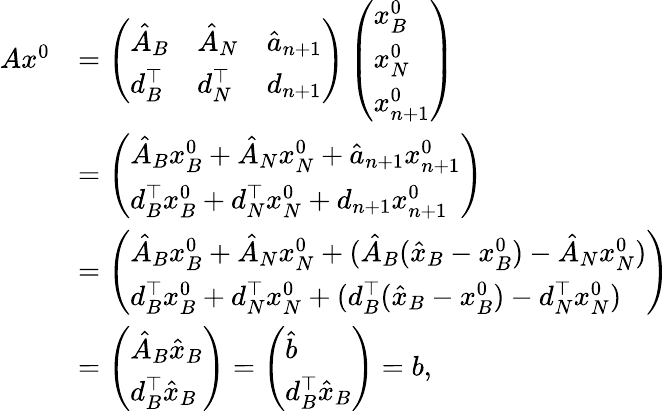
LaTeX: \begin{array}{rl}{Ax^{0}}&{=\left(\begin{array}{lll}{\hat{A}_{B}}&{\hat{A}_{N}}&{\hat{a}_{n+1}}\\ {d_{B}^{\top}}&{d_{N}^{\top}}&{d_{n+1}}\end{array}\right)\left(\begin{array}{l}{x_{B}^{0}}\\ {x_{N}^{0}}\\ {x_{n+1}^{0}}\end{array}\right)}\\ &{=\left(\begin{array}{l}{\hat{A}_{B}x_{B}^{0}+\hat{A}_{N}x_{N}^{0}+\hat{a}_{n+1}x_{n+1}^{0}}\\ {d_{B}^{\top}x_{B}^{0}+d_{N}^{\top}x_{N}^{0}+d_{n+1}x_{n+1}^{0}}\end{array}\right)}\\ &{=\left(\begin{array}{l}{\hat{A}_{B}x_{B}^{0}+\hat{A}_{N}x_{N}^{0}+(\hat{A}_{B}(\hat{x}_{B}-x_{B}^{0})-\hat{A}_{N}x_{N}^{0})}\\ {d_{B}^{\top}x_{B}^{0}+d_{N}^{\top}x_{N}^{0}+(d_{B}^{\top}(\hat{x}_{B}-x_{B}^{0})-d_{N}^{\top}x_{N}^{0})}\end{array}\right)}\\ &{=\left(\begin{array}{l}{\hat{A}_{B}\hat{x}_{B}}\\ {d_{B}^{\top}\hat{x}_{B}}\end{array}\right)=\left(\begin{array}{l}{\hat{b}}\\ {d_{B}^{\top}\hat{x}_{B}}\end{array}\right)=b,}\end{array}